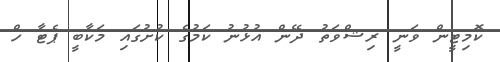
ކޮމިޓީން ވަނީ ރިޝްވަތު ދޭން އުޅުނު ކަމުގެ ކުށުގައި މަކާބީ ޕެޓާ ހް